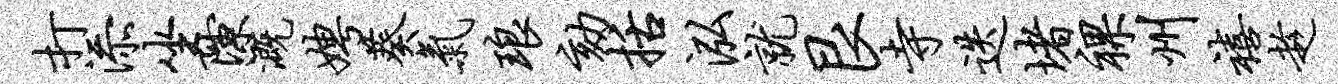
打添坐隙溉娉葵气琅劾括泓就艮寺迭堵裸州禧趁